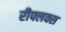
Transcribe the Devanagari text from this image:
रीफ्लक्स